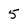
Character: 5